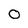
Character: 0